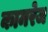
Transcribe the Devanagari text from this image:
कामरेज